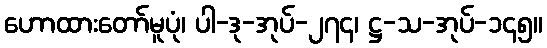
ဟောထားတော်မူပုံ၊ ပါ-ဒု-အုပ်-၂၇၄၊ ဋ္ဌ-သ-အုပ်-၁၄၅။